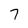
Character: 7